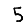
Digit: 5